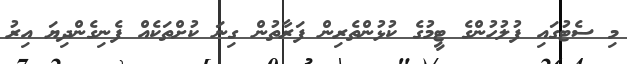
މި ސެޓުގައި ފުލުހުންގެ ޓީމުގެ ކުޅުންތެރިން ފަރާތުން ގިނަ ކުށްތަކެއް ފެނިގެންދިޔަ އިރު